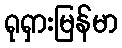
ရုရှားမြန်မာ